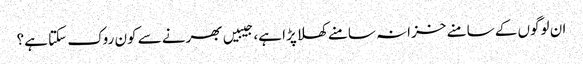
ان لوگوں کے سامنے خزانہ سامنے کھلا پڑا ہے، جیبیں بھرنے سے کون روک سکتا ہے؟